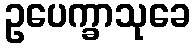
ဥပေက္ခာသုခေ